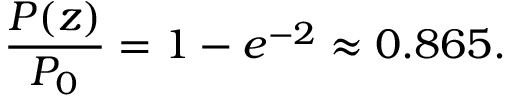
{ \frac { P ( z ) } { P _ { 0 } } } = 1 - e ^ { - 2 } \approx 0 . 8 6 5 .